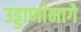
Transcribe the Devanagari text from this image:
उड्डाणांमागे